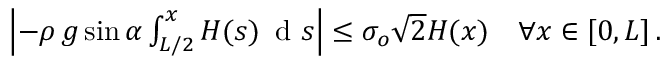
\begin{array} { r } { \left| - { \rho } \, g \sin { \alpha } \int _ { L / 2 } ^ { x } H ( s ) \, \textrm { d } s \right| \le \sigma _ { o } \sqrt { 2 } H ( x ) \quad \forall x \in [ 0 , L ] \, . } \end{array}